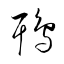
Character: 鵈